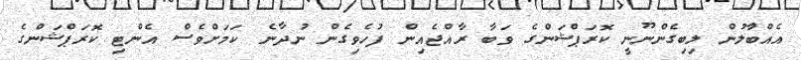
އެއްބާުލުން ލިިބިގެންނޫނީ ކޮރަޕްޝަންގެ ވަބާ ރާއްޖެއިން ފުހެވިގެން ނުދާނެ ކަމަށްވެސް އެންޓި ކޮރަޕްޝަންގެ